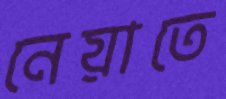
নেয়াতে